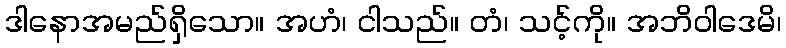
ဒါနောအမည်ရှိသော။ အဟံ၊ ငါသည်။ တံ၊ သင့်ကို။ အဘိဝါဒေမိ၊